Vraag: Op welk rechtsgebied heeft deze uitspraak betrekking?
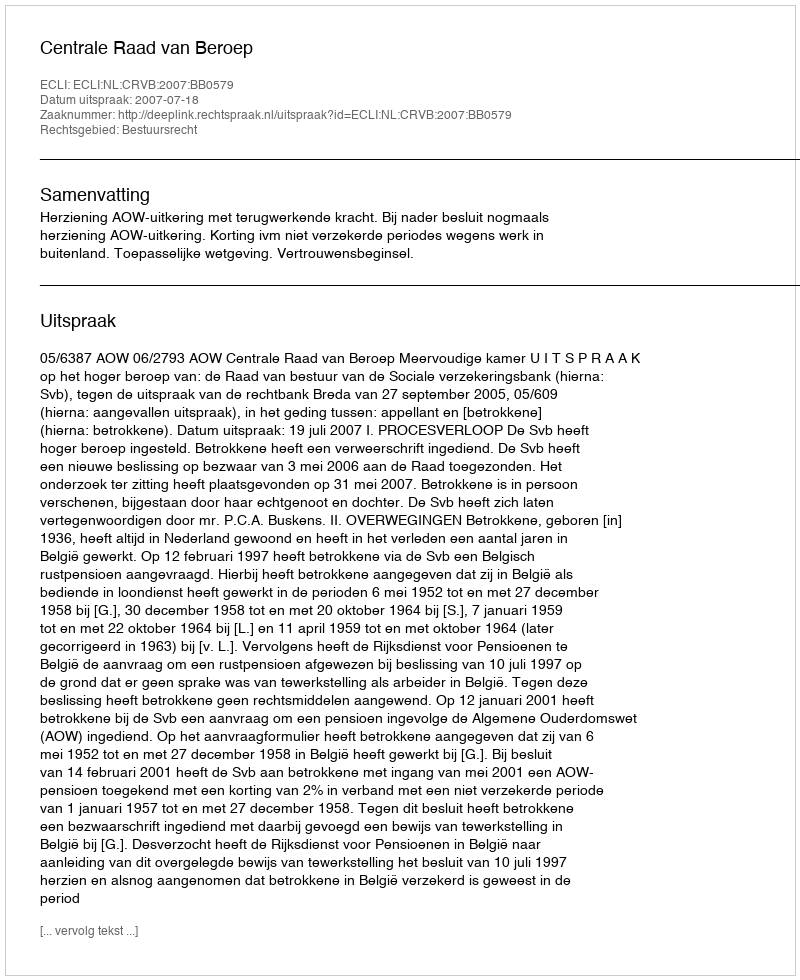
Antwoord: Bestuursrecht